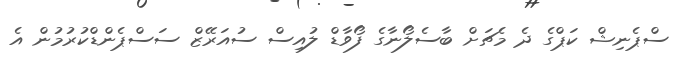
ސްޕެނިޝް ކަޕްގެ ދެ މެޗަށް ބާސެލޯނާގެ ފޯވާޑް ލުއިސް ސުއަރޭޒް ސަސްޕެންޑްކުރުމުން އެ